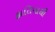
ફાતિમાથી